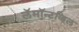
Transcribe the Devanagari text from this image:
लॅमॉन्टव्हिल